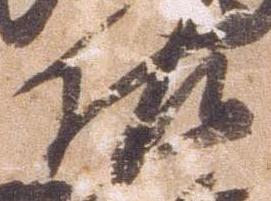
佐